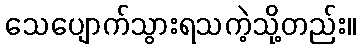
သေပျောက်သွားရသကဲ့သို့တည်း။